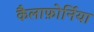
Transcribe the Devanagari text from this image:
कैलाफ़ोर्निया